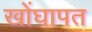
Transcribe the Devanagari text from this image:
खोंघापत